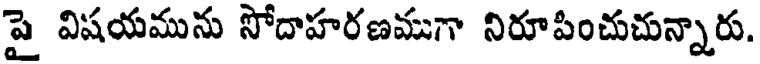
పై విషయమును సోదాహరణముగా నిరూపించుచున్నారు.